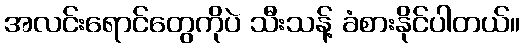
အလင်းရောင်တွေကိုပဲ သီးသန့် ခံစားနိုင်ပါတယ်။